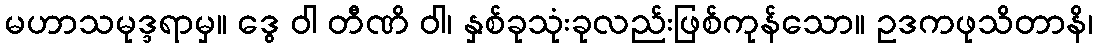
မဟာသမုဒ္ဒရာမှ။ ဒွေ ဝါ တီဏိ ဝါ၊ နှစ်ခုသုံးခုလည်းဖြစ်ကုန်သော။ ဥဒကဖုသိတာနိ၊